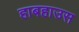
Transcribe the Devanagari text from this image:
हाबहाउस